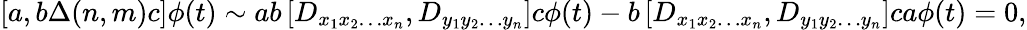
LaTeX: [a,b\Delta(n,m)c]\phi(t)\sim ab\left[D_{x_{1}x_{2}\ldots x_{n}},D_{y_{1}y_{2}\ldots y_{n}}\right]c\phi(t)-b\left[D_{x_{1}x_{2}\ldots x_{n}},D_{y_{1}y_{2}\ldots y_{n}}\right]ca\phi(t)=0,